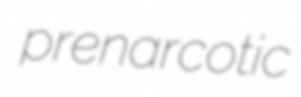
prenarcotic